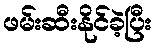
ဖမ်းဆီးနိုင်ခဲ့ပြီး